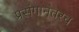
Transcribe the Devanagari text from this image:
प्रसंगानंतरच